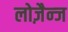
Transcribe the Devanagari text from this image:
लोज़ैन्ज